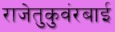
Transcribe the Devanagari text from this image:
राजेतुकुवंरबाई